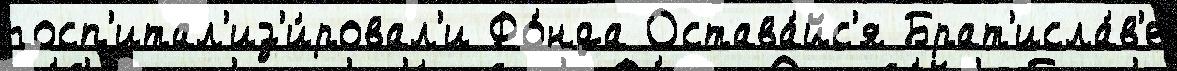
госп'итал'из'и́ровал'и Фо́нда Остава́йс'я Брат'исла́в'е